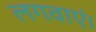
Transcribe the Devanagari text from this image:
लगवाएं।